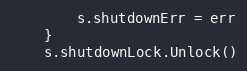
Language: Go
		s.shutdownErr = err
	}
	s.shutdownLock.Unlock()